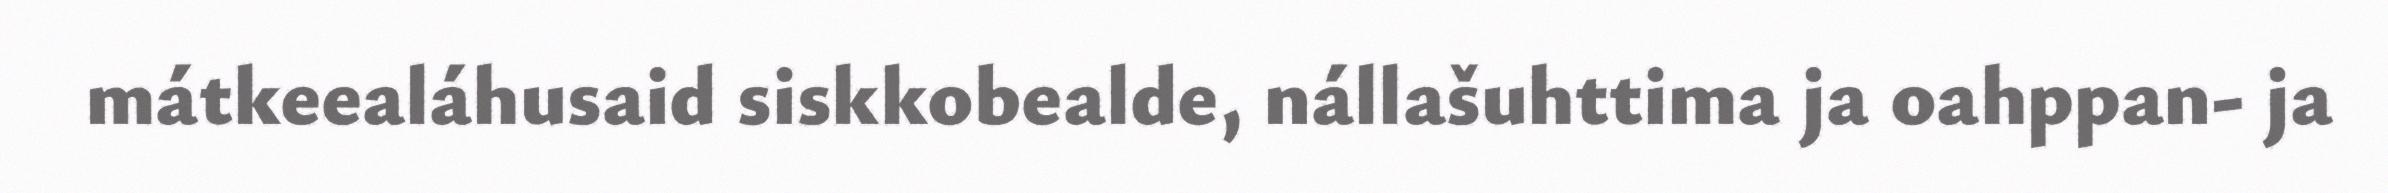
mátkeealáhusaid siskkobealde, nállašuhttima ja oahppan- ja